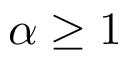
\alpha \geq 1